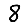
Digit: 8